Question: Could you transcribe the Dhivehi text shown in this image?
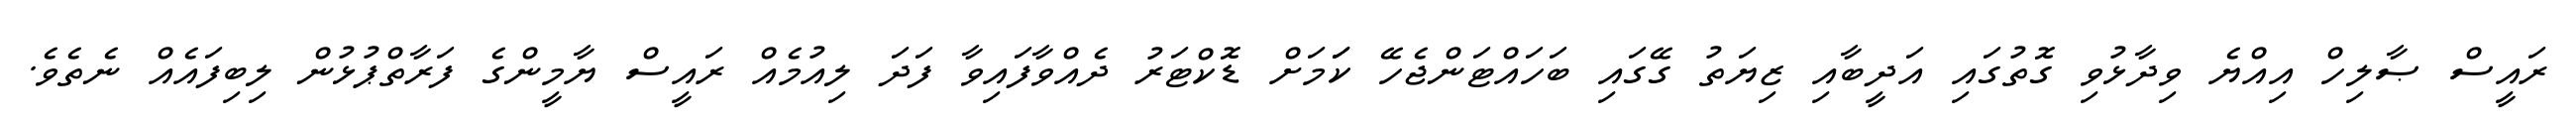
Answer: ރައީސް ޞާލިހް އިއްޔެ ވިދާޅުވި ގޮތުގައި އަދީބާއި ޒިޔަތު ގޭގައި ބަހައްޓަންޖެހޭ ކަަމަށް ޑޮކްޓަރު ދެއްވާފައިވާ ފަދަ ލިއުމެއް ރައީސް ޔާމީންގެ ފަރާތްޕުޅުން ލިބިފައެއް ނެތެވެ.